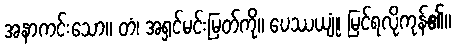
အနာကင်းသော။ တံ၊ အရှင်မင်းမြတ်ကို။ ပေဿယျုံ၊ မြင်ရလိုကုန်၏။